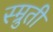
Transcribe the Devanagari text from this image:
स्म्रुती